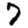
Digit: 7